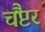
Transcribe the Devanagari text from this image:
चैंप्टर